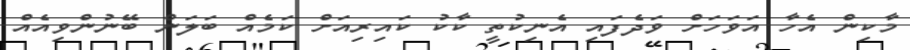
މާކިން އެހާ އަވަހަށް ވަދެފައި އެނިކުތީ ކާކު ކައިރިއަށް ކަމެއް ބަލަން ބޭނުންވިއެއް